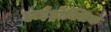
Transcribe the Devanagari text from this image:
हाईड्रोक्सिक